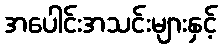
အပေါင်းအသင်းများနှင့်